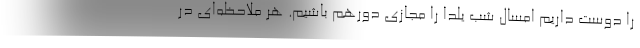
را دوست داریم امسال شب یلدا را مجازی دورهم باشیم. هر ملاحظه‌ای در